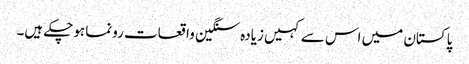
پاکستان میں اس سے کہیں زیادہ سنگین واقعات رونما ہوچکے ہیں۔